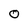
Character: 0